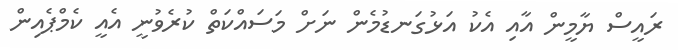
ރައީސް ޔާމީން އާއި އެކު އަޅުގަނޑުމެން ނަށް މަސައްކަތް ކުރެވުނީ އެއީ ކެމްޕެއިން